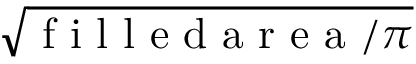
\sqrt { \mathrm { ~ f ~ i ~ l ~ l ~ e ~ d ~ a ~ r ~ e ~ a ~ } / \pi }